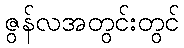
ဇွန်လအတွင်းတွင်